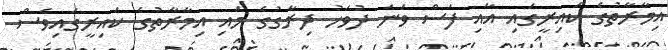
އިމާރާތުގެ ކައިރީގައި އާއި ފަސް ވަނަ ދުވަހު ދިރާގުގެ މައި އިމާރާތުގެ ކައިރީގައިވެސް